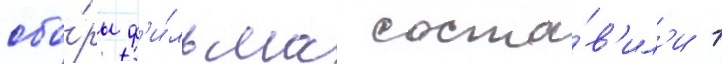
сбо́ры ф'и́льма соста́в'ил'и 1